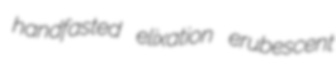
handfasted elixation erubescent